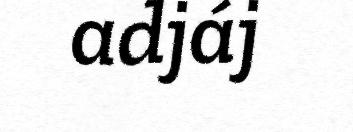
adjáj